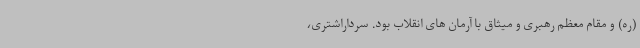
(ره) و مقام معظم رهبری و میثاق با آرمان های انقلاب بود. سرداراشتری،